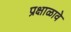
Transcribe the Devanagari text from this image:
प्रक्षाळावे